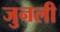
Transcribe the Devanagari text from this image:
जुनली